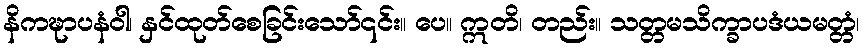
နိကဍ္ဎာပနံဝါ၊ နှင်ထုတ်စေခြင်းသော်၎င်း။ ပေ။ ဣတိ၊ တည်း။ သတ္တမသိက္ခာပဒံယမတ္တံ၊